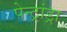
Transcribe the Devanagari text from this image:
पेन्ट्रांड्रा